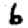
Digit: 6